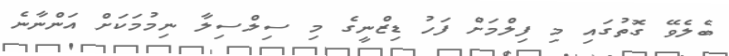
ބެލެވޭ ގޮތުގައި މި ފިލްމަށް ފަހު ޑިޒްނީގެ މި ސިލްސިލާ ނިމުމަކަށް އަންނާނެ